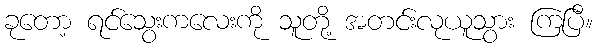
ခုတော့ ရင်သွေးကလေးကို သူတို့ အတင်းလုယူသွား ကြပြီ။